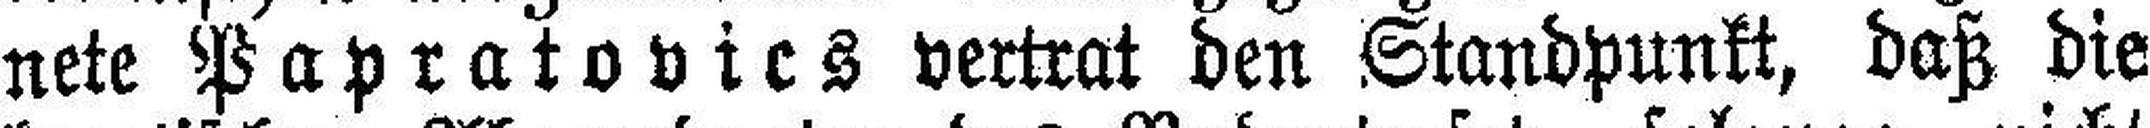
nete Papratovics vertrat den Standpunkt, daß die